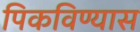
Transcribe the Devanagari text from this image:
पिकविण्यास